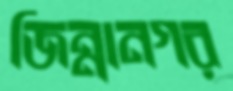
জিন্নানগর